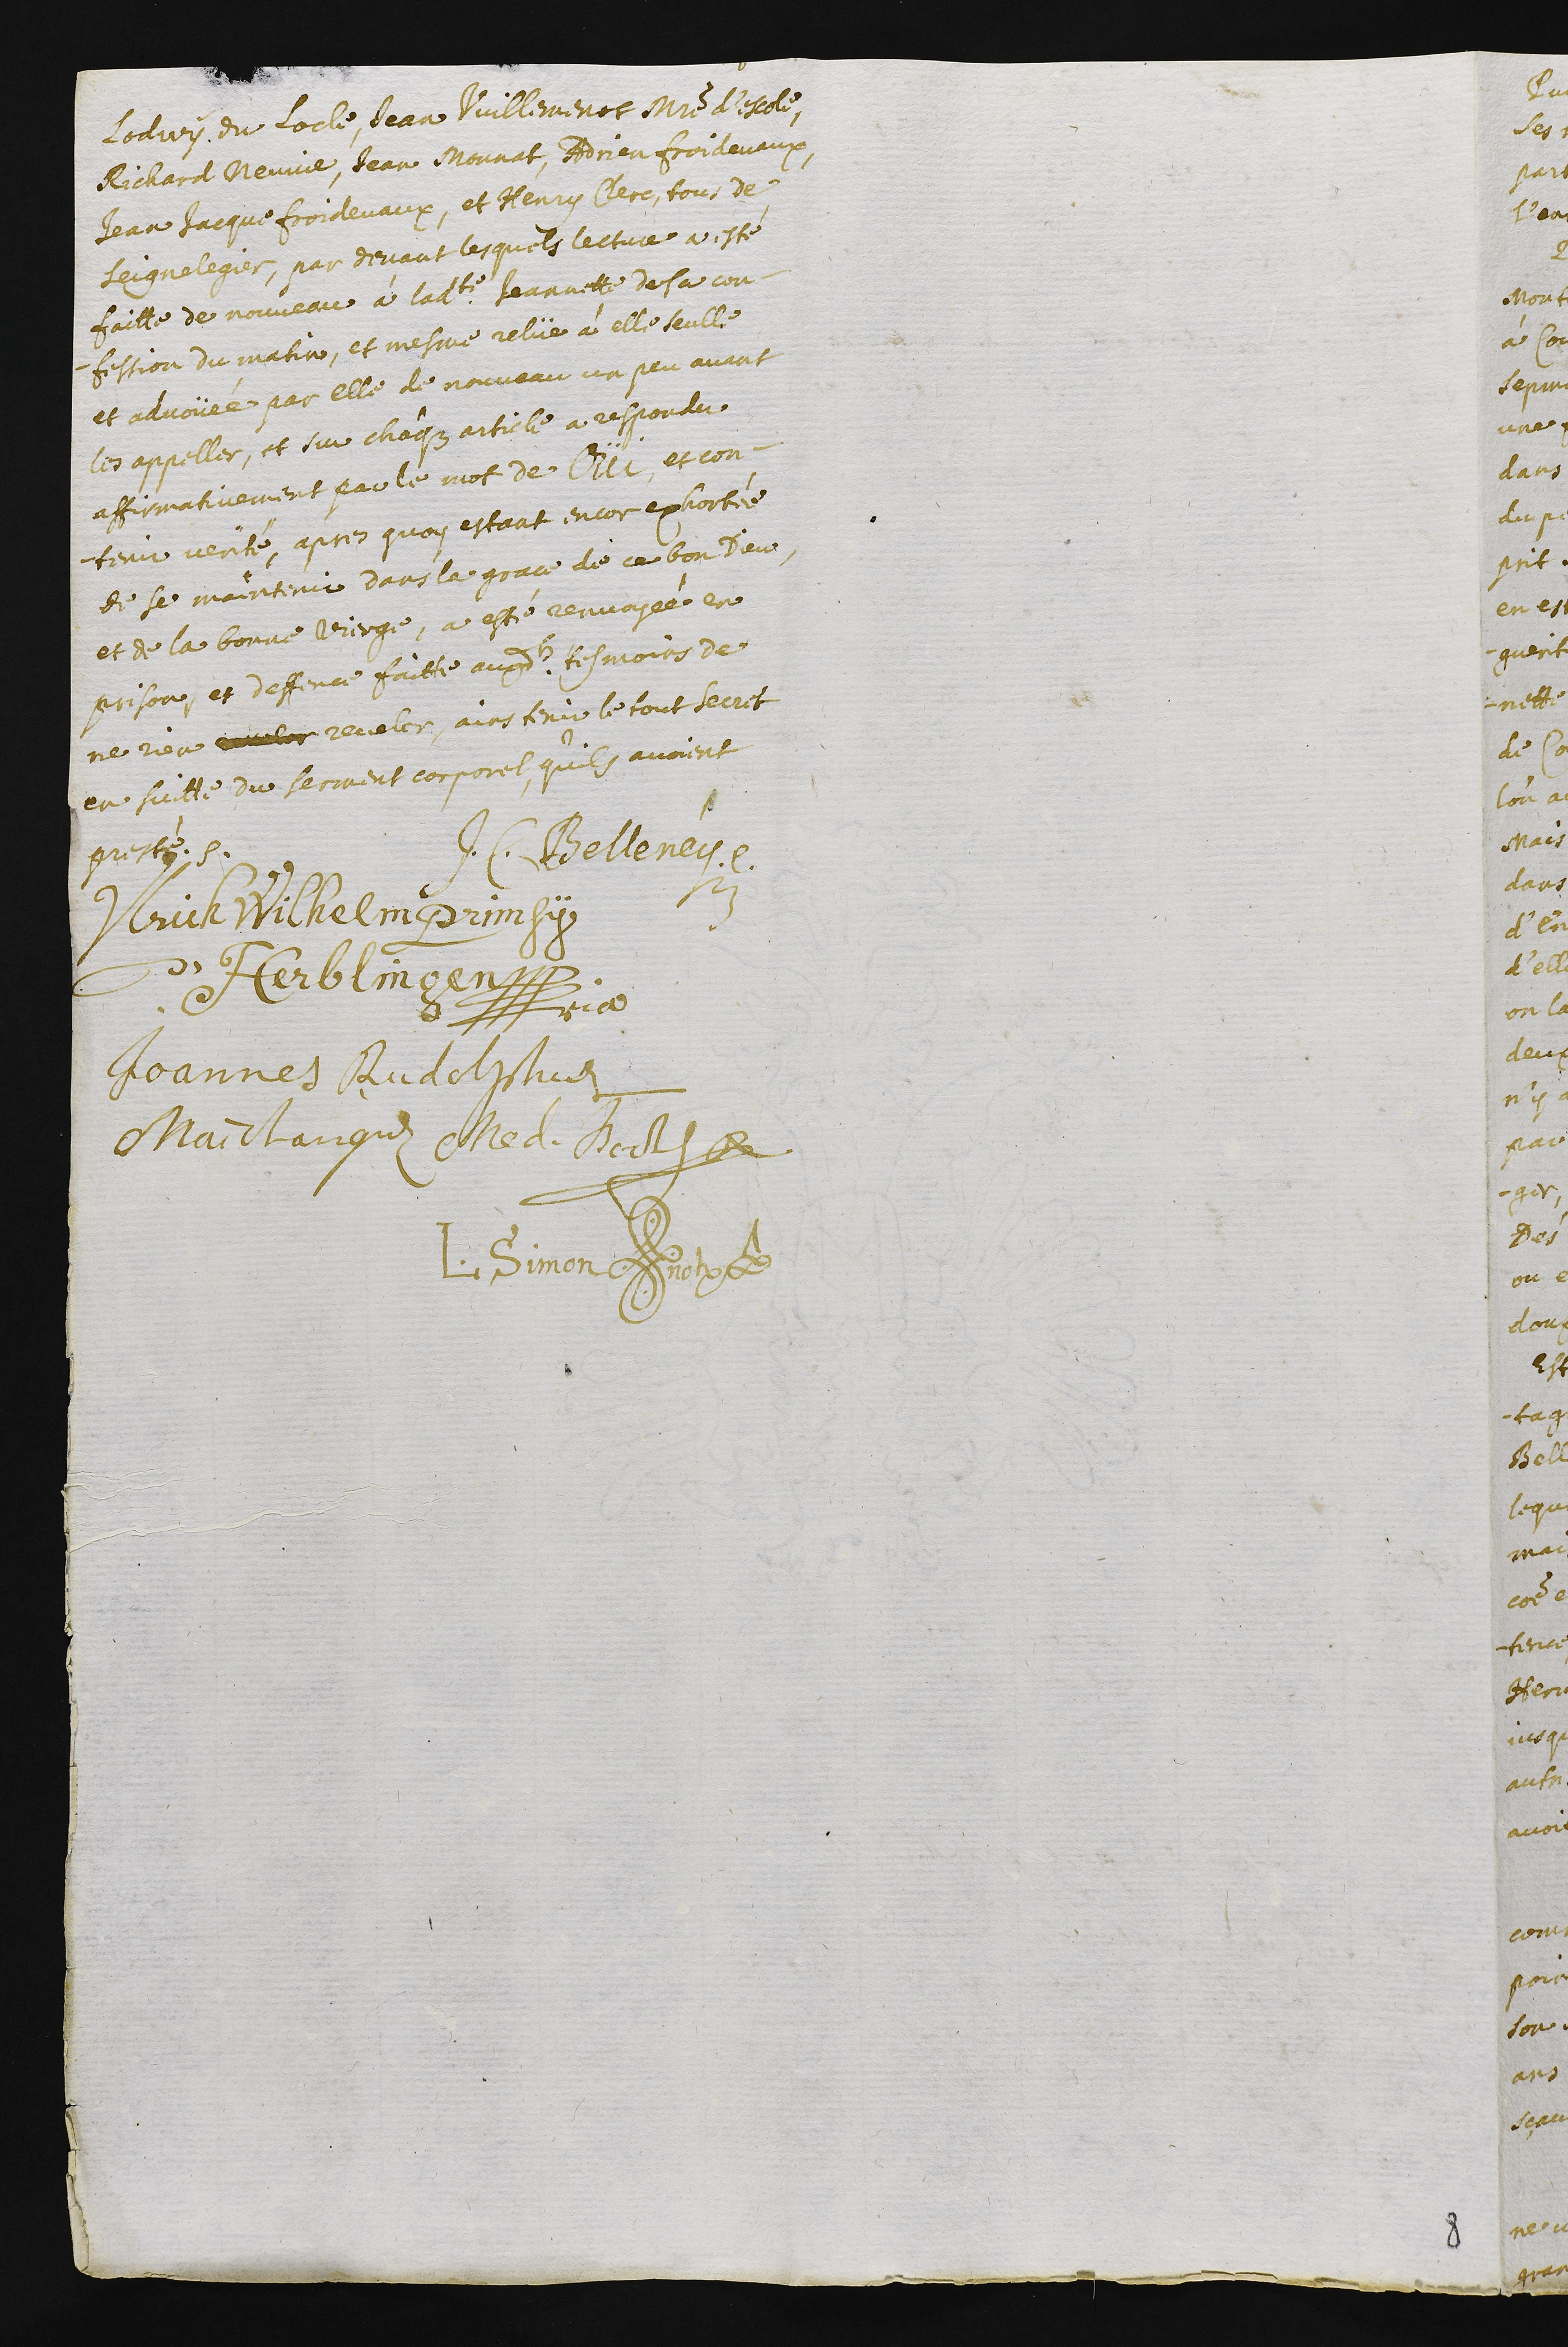
Lodury du Locle, Jean Vuillemenot maistre d’escole,
Richard Neuvie, Jean Monnat, Adrien Froidevaux,
Jean Jacque Froidevaux, et Henry Clerc, tous de
Seignelegier. Par devant lesquels lecture a esté
faitte de nouveau à ladite Jeannette de sa con-
fession du matin, et mesme relüe à elle seulle
et advoüée par elle de nouveau un peu avant
les appeller, et sur chaque article a respondu
affirmatimement par le mot de OÜI, et con-
tenir verité. Apres quoy estant encor exhortée
de se maintenir dans la grace de ce bon Dieu,
et de la bonne vierge, a esté renvoyée en
prison, et deffence faitte auxdits tesmoins de
ne rien reveler reveler, ains tenir le tout secret
en suitte du serment corporel, qu’ils avoient
presté.
J.C. Belleney
Ulrich Wilhelm Primsy
d'Herblingen
??ria
Joannes Rudolphus
Maichanguey Medicinae Doctor
L. Simon [paraphe] notaire